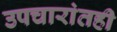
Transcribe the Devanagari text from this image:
उपचारांतही